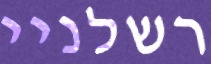
רשלניי